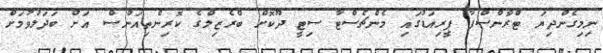
ނިމިގެންދިޔަ ޓްރާންސްފާ ޕީރިއަޑުގައި މެންޗެސްޓާ ސިޓީ ދޫކޮށް ބްރެޒިލްގެ ކޮރިންތިއަންސް އަށް ބަދަލުވުމަށް